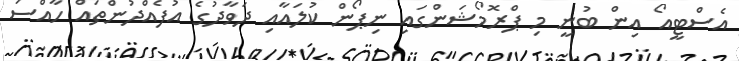
އެސްޓީއޯ އިން ބުނީ މި ޕްރޮމޯޝަންގައި ނިޕޯން ކުލައާއި ދަވާދުގެ އުފެއްދުންތައް ހާއްސަ